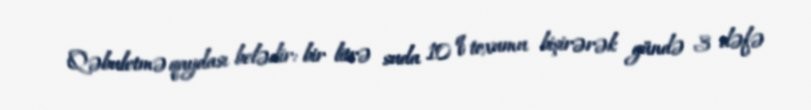
Qəbuletmə qaydası belədir: bir litrə suda 10 q toxumu bişirərək gündə 3 dəfə